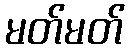
မတ်မတ်